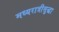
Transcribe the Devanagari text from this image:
मध्यरात्रीसुद्धा